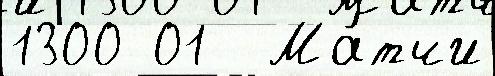
1300 01  Ма́тчи